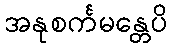
အနုစင်္ကမန္တေပိ